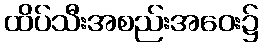
ထိပ်သီးအစည်းအဝေး၌